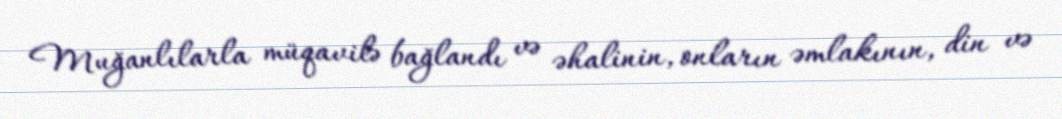
Muğanlılarla müqavilə bağlandı və əhalinin, onların əmlakının, din və